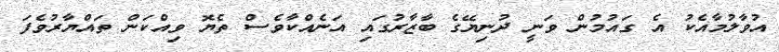
އުވާލުމާއެކު އެ ގައުމުން ވަނީ ދުނިޔޭގެ ބާޒާރުގައި އަނެއްކާވެސް ތެޔޮ ވިއްކަން ތައްޔާރުވެފަ